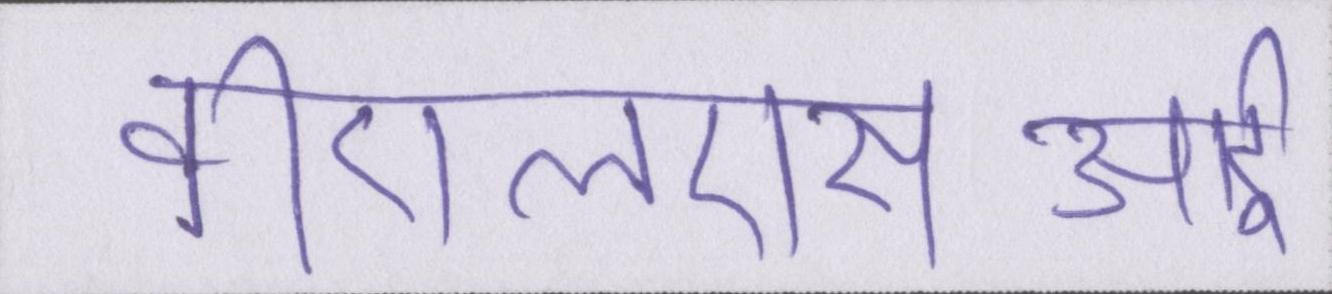
वीएलएसआई